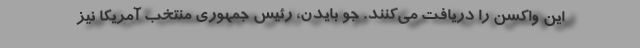
این واکسن را دریافت می‌کنند. جو بایدن، رئیس جمهوری منتخب آمریکا نیز